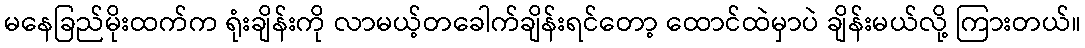
မနေခြည်မိုးထက်က ရုံးချိန်းကို လာမယ့်တခေါက်ချိန်းရင်တော့ ထောင်ထဲမှာပဲ ချိန်းမယ်လို့ ကြားတယ်။